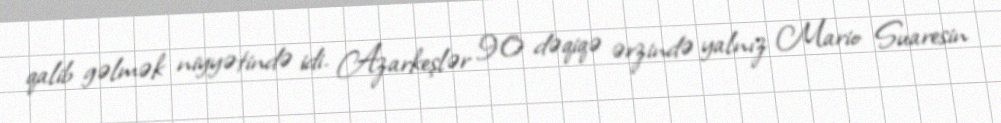
qalib gəlmək niyyətində idi. Azarkeşlər 90 dəqiqə ərzində yalnız Mario Suaresin